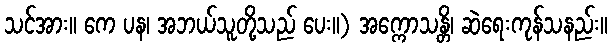
သင်အား။ ကေ ပန၊ အဘယ်သူတို့သည် ပေး။) အက္ကောသန္တိ၊ ဆဲရေးကုန်သနည်း။